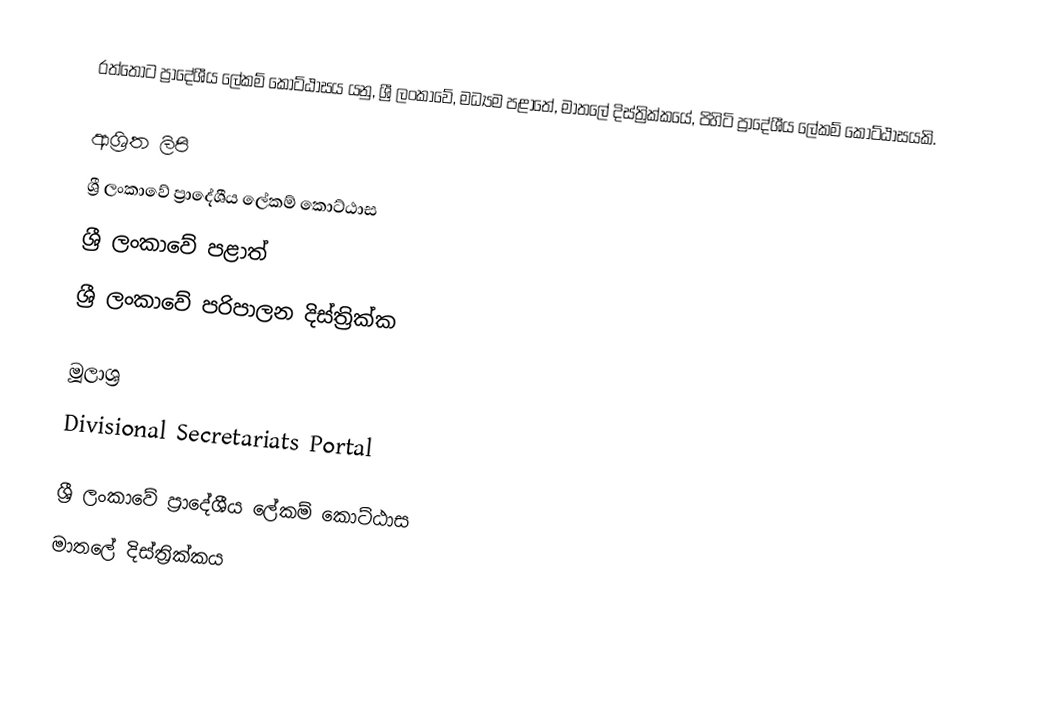
රත්තොට ප්‍රාදේශීය ලේකම් කොට්ඨාසය යනු,  ශ්‍රී ලංකාවේ, මධ්‍යම පළාතේ,   මාතලේ දිස්ත්‍රික්කයේ, පිහිටි ප්‍රාදේශීය ලේකම් කොට්ඨාසයකි.

ආශ්‍රිත ලිපි
ශ්‍රී ලංකාවේ ප්‍රාදේශීය ලේකම් කොට්ඨාස
ශ්‍රී ලංකාවේ පළාත්
ශ්‍රී ලංකාවේ පරිපාලන දිස්ත්‍රික්ක

මූලාශ්‍ර
 Divisional Secretariats Portal

ශ්‍රී ලංකාවේ ප්‍රාදේශීය ලේකම් කොට්ඨාස
මාතලේ දිස්ත්‍රික්කය